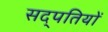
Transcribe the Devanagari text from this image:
सद्पतियों